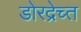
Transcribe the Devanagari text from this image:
डोरद्रेच्त